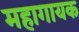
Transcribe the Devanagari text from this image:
महागायक